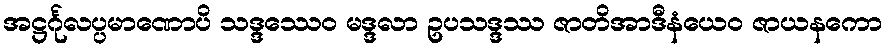
အဋ္ဌင်္ဂုလပ္ပမာဏောပိ သဒ္ဒဿေဝ မဒ္ဒလာ ဥပသဒ္ဒဿ ဇာတိအာဒီနံယေဝ ဇာယနကော